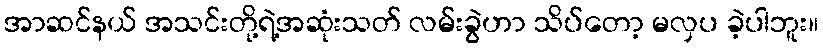
အာဆင်နယ် အသင်းတို့ရဲ့အဆုံးသတ် လမ်းခွဲဟာ သိပ်တော့ မလှပ ခဲ့ပါဘူး။